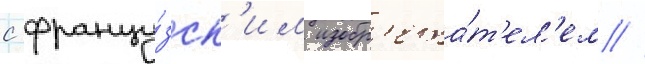
с францу́зск'им изобр'ета́т'ел'ем //